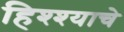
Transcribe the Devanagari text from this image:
हिश्श्याचे